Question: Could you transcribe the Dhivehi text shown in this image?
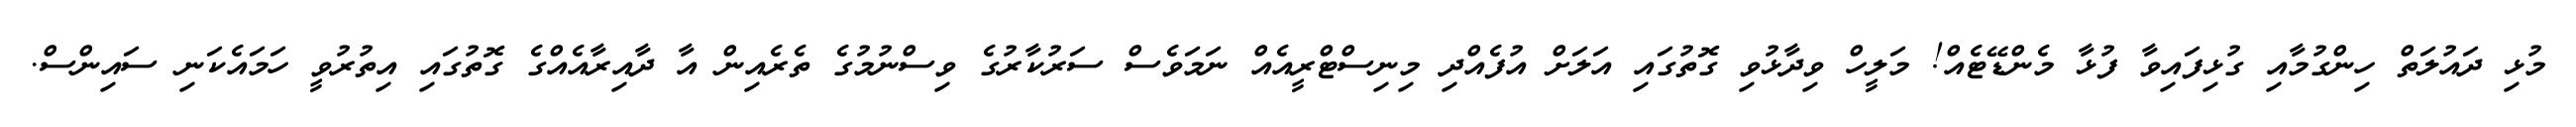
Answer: މުޅި ދައުލަތް ހިންގުމާއި ގުޅިފައިވާ ފުޅާ މެންޑޭޓެއް! މަލީހް ވިދާޅުވި ގޮތުގައި އަލަށް އުފެއްދި މިނިސްޓްރީއެއް ނަމަވެސް ސަރުކާރުގެ ވިސްނުމުގެ ތެރެއިން އާ ދާއިރާއެއްގެ ގޮތުގައި އިތުރުވީ ހަމައެކަނި ސައިންސް.